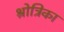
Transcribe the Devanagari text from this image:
श्रोत्रिका